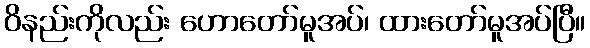
ဝိနည်းကိုလည်း ဟောတော်မူအပ်၊ ထားတော်မူအပ်ပြီ။